65_HS1-834228961_62-HQ-83894_Serial_449
Agency: FBI
Page 14
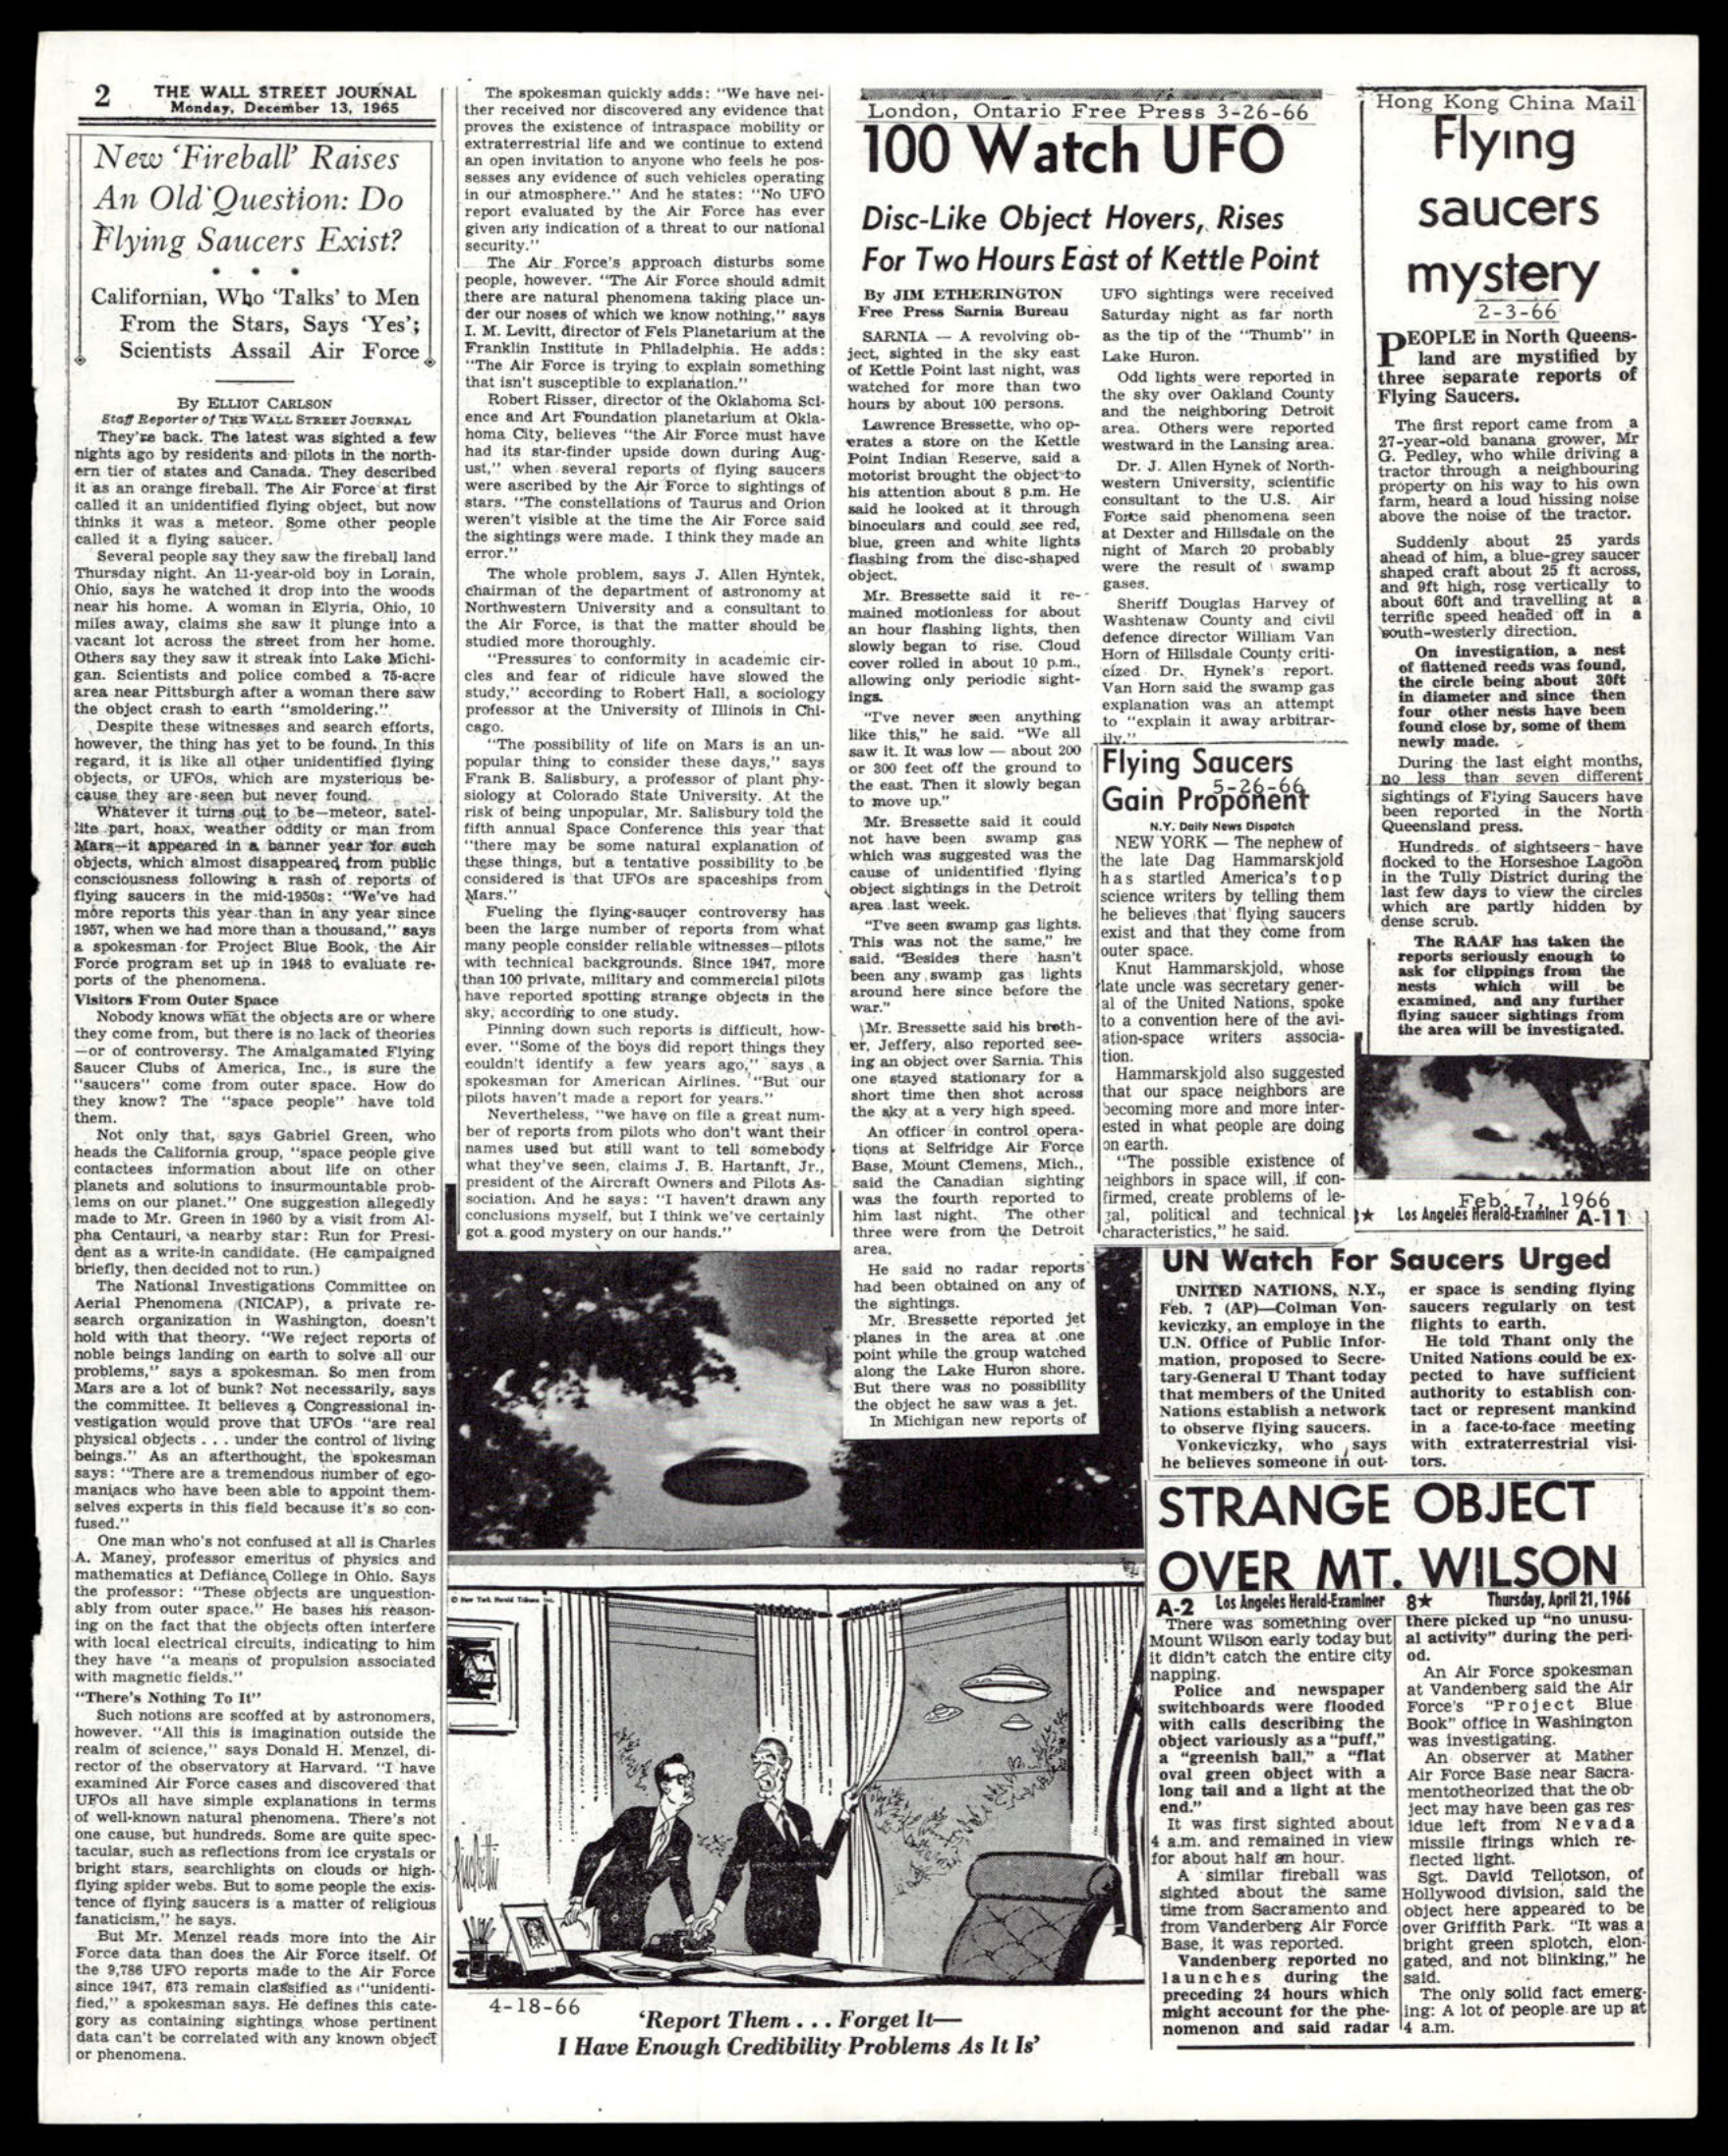